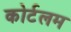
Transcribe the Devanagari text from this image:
कोर्टलम